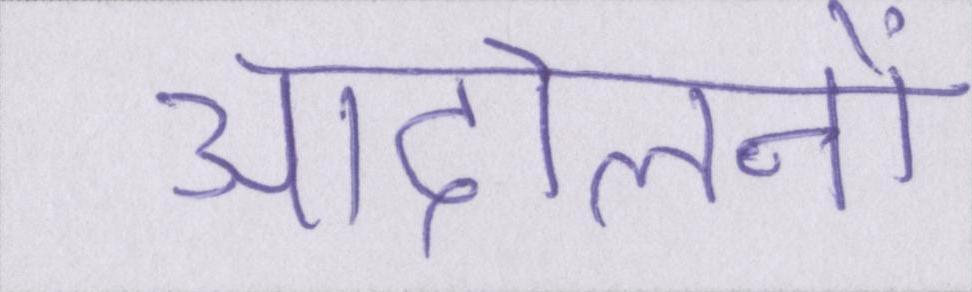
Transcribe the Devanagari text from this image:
आंदोलनों